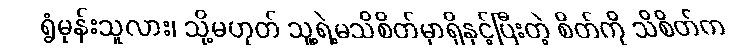
ရွံမုန်းသူလား၊ သို့မဟုတ် သူ့ရဲ့မသိစိတ်မှာရှိနှင့်ပြီးတဲ့ စိတ်ကို သိစိတ်က